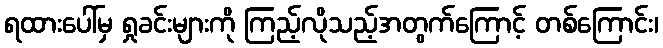
ရထားပေါ်မှ ရှုခင်းများကို ကြည့်လိုသည့်အတွက်ကြောင့် တစ်ကြောင်း၊